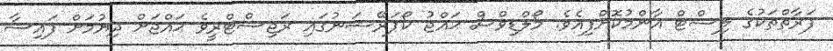
ފަރާތްތަކުގެ ލިސްޓް އާންމުކޮށްފިއެވެ. މޯލްޑިވްސް ޙައްޖު ކޯޕަރޭޝަނުގައި ރަޖިސްޓްރީވެ ޙައްޖަށް ދިޔުމަށް ފައިސާ